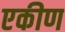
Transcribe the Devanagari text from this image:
एकीण